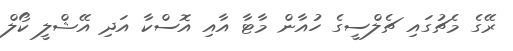
ރޭގެ މެޗުގައި ޗެލްސީގެ ހުއާން މާޓާ އާއި އޮސްކާ އަދި އޭޝްލީ ކޯލް